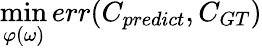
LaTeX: \operatorname*{min}_{\varphi(\omega)}err(C_{predict},C_{GT})